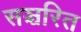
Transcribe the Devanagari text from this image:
सञ्चरित